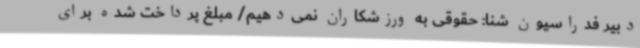
دبیر فدراسیون شنا: حقوقی به ورزشکاران نمی‌دهیم/ مبلغ پرداخت شده برای